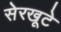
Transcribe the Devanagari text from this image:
सेरखूटे